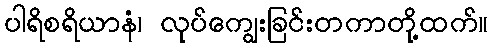
ပါရိစရိယာနံ၊ လုပ်ကျွေးခြင်းတကာတို့ထက်။